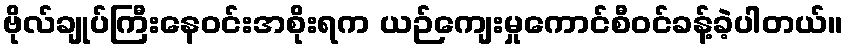
ဗိုလ်ချုပ်ကြီးနေဝင်းအစိုးရက ယဉ်ကျေးမှုကောင်စီဝင်ခန့်ခဲ့ပါတယ်။